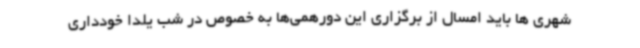
شهری ها باید امسال از برگزاری این دورهمی‌ها به خصوص در شب یلدا خودداری